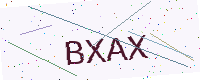
Text: BXAX